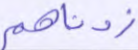
زدناهم